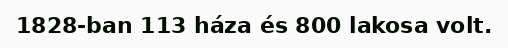
1828-ban 113 háza és 800 lakosa volt.